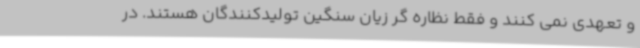
و تعهدی نمی کنند و فقط نظاره گر زیان سنگین تولیدکنندگان هستند. در